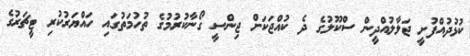
ކުޅުދުއްފުށީ ޖަލާލުއްދީން ސްކޫލުގެ ދެ ކުއްޖަކަށް ޖިންސީ ގޯނާކުރުމުގެ ތުހުމަތުގައި ހައްޔަރުކުރި ޓީޗަރުގެ